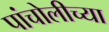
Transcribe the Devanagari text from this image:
पांचोलीच्या